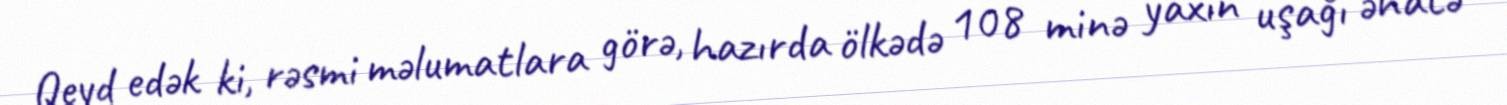
Qeyd edək ki, rəsmi məlumatlara görə, hazırda ölkədə 108 minə yaxın uşağı əhatə